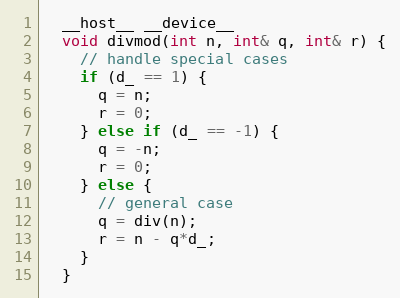
Language: C
  __host__ __device__
  void divmod(int n, int& q, int& r) {
    // handle special cases
    if (d_ == 1) {
      q = n;
      r = 0;
    } else if (d_ == -1) {
      q = -n;
      r = 0;
    } else {
      // general case
      q = div(n);
      r = n - q*d_;
    }
  }